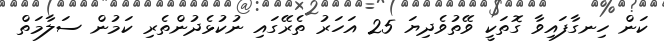
ކަން ހިނގާފައިވާ ގޮތަކީ ވޭތުވެދިޔަ 25 އަހަރު ތެރޭގައި ނުކުޅެދުންތެރި ކަމުން ސަލާމަތް